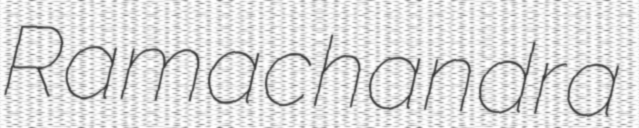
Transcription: Ramachandra